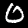
Digit: 0